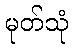
မုတ်သုံ